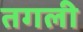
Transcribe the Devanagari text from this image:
तगली